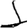
Digit: 1